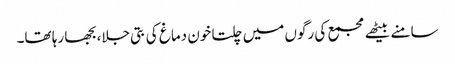
سامنے بیٹھے مجمع کی رگوں میں چلتا خون دماغ کی بتی جلا، بجھا رہا تھا۔